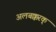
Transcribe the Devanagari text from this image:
अलबक्करक्